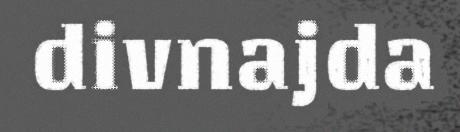
divnajda